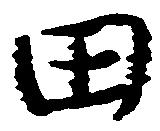
田